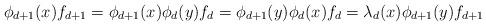
LaTeX: \begin{gather*}\phi_{d+1}(x) f_{d+1}=\phi_{d+1}(x) \phi_d(y) f_d=\phi_{d+1}(y) \phi_d(x) f_d=\lambda_d(x) \phi_{d+1}(y) f_{d+1}\end{gather*}